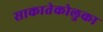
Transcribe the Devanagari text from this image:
साकातेकोलुका